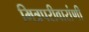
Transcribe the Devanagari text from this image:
मित्रपरीवारांणी